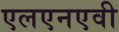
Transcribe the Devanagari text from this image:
एलएनएवी